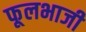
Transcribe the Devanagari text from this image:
फूलभाजी